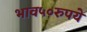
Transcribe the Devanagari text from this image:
भाव५०रुपये